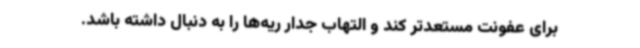
برای عفونت مستعدتر کند و التهاب جدار ریه‌ها را به دنبال داشته باشد.